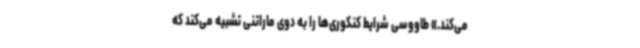
می‌کند.» طاووسی شرایط کنکوری‌ها را به دوی ماراتنی تشبیه می‌کند که